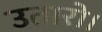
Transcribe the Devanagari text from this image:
उतारो।